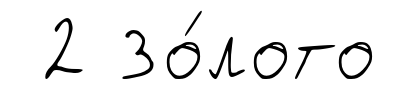
2 Зо́лото